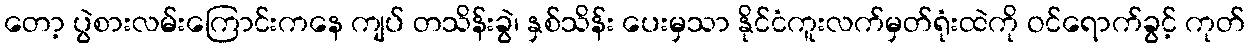
တော့ ပွဲစားလမ်းကြောင်းကနေ ကျပ် တသိန်းခွဲ၊ နှစ်သိန်း ပေးမှသာ နိုင်ငံကူးလက်မှတ်ရုံးထဲကို ဝင်ရောက်ခွင့် ကုတ်